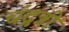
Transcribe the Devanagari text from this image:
चंद्रत्री